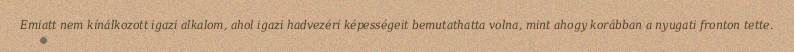
Emiatt nem kínálkozott igazi alkalom, ahol igazi hadvezéri képességeit bemutathatta volna, mint ahogy korábban a nyugati fronton tette.